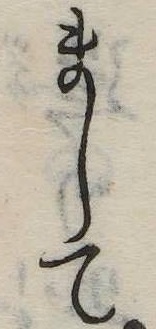
まして